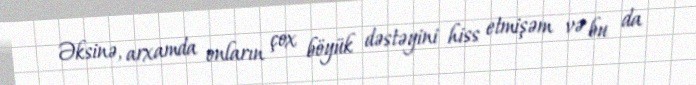
Əksinə, arxamda onların çox böyük dəstəyini hiss etmişəm və bu da